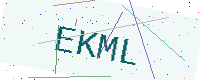
Text: EKML